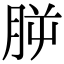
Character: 𣍮